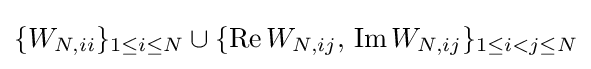
\{W_{N,ii}\}_{1\leq i\leq N}\cup \{\mathrm {Re} \,W_{N,ij},\,\mathrm {Im} \,W_{N,ij}\}_{1\leq i<j\leq N}